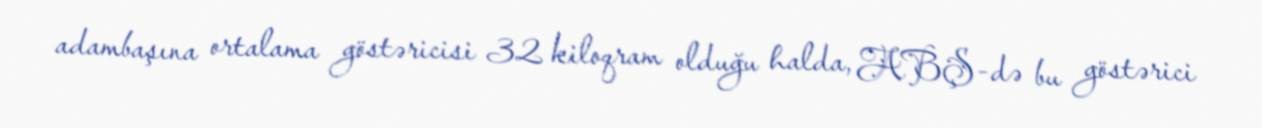
adambaşına ortalama göstəricisi 32 kiloqram olduğu halda, ABŞ-də bu göstərici